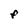
Character: F